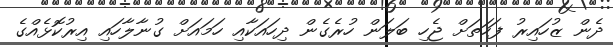
ދެން ޒުހައިރު ފަހަތަށް ޖެހި ބަލަން ހުރެގެން ދިހައަކާއި ހަމައަށް ގުނާލާހައި އިރުކޮޅެއްގެ